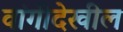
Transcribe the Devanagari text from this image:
वांगीदेखील